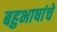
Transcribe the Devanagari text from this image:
बहुभाषांचे